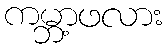
ကမ္ဘာ့ဖလား